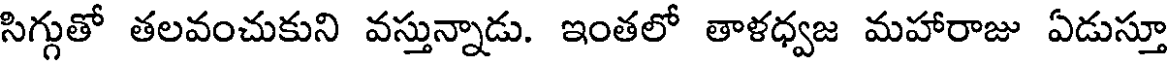
సిగ్గుతో తలవంచుకుని వస్తున్నాడు. ఇంతలో తాళధ్వజ మహారాజు ఏడుస్తూ